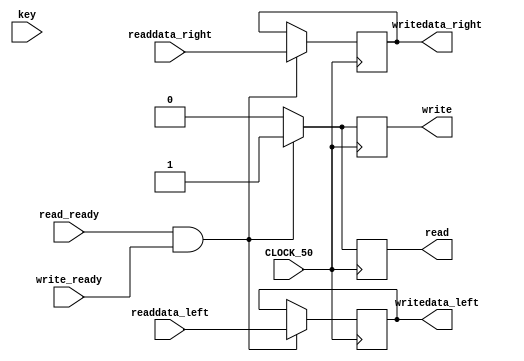
module z1
(
    input           CLOCK_50,
    input           read_ready,
    input           write_ready,

    input   [23:0 ] readdata_left,
    input   [23:0 ] readdata_right,

    input   [3:0]   key,

    output reg         read,
    output reg         write,

    output reg  [23:0 ] writedata_left,
    output reg  [23:0 ] writedata_right
);

always @ (posedge CLOCK_50)
	begin
		if (read_ready == 1'b1 && write_ready == 1'b1)
		begin
			writedata_left <= readdata_left;
			writedata_right <= readdata_right;
			read <= 1'b1;
			write <= 1'b1;
		end	else begin
			read <= 1'b0;
			write <= 1'b0;
		end
	end

endmodule